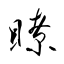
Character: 瞭